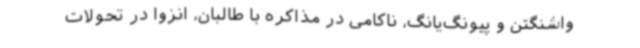
واشنگتن و پیونگ‌یانگ، ناکامی در مذاکره با طالبان، انزوا در تحولات